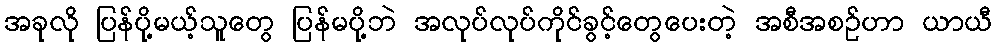
အခုလို ပြန်ပို့မယ့်သူတွေ ပြန်မပို့ဘဲ အလုပ်လုပ်ကိုင်ခွင့်တွေပေးတဲ့ အစီအစဉ်ဟာ ယာယီ